Rae_vallavalitsus, lk 76
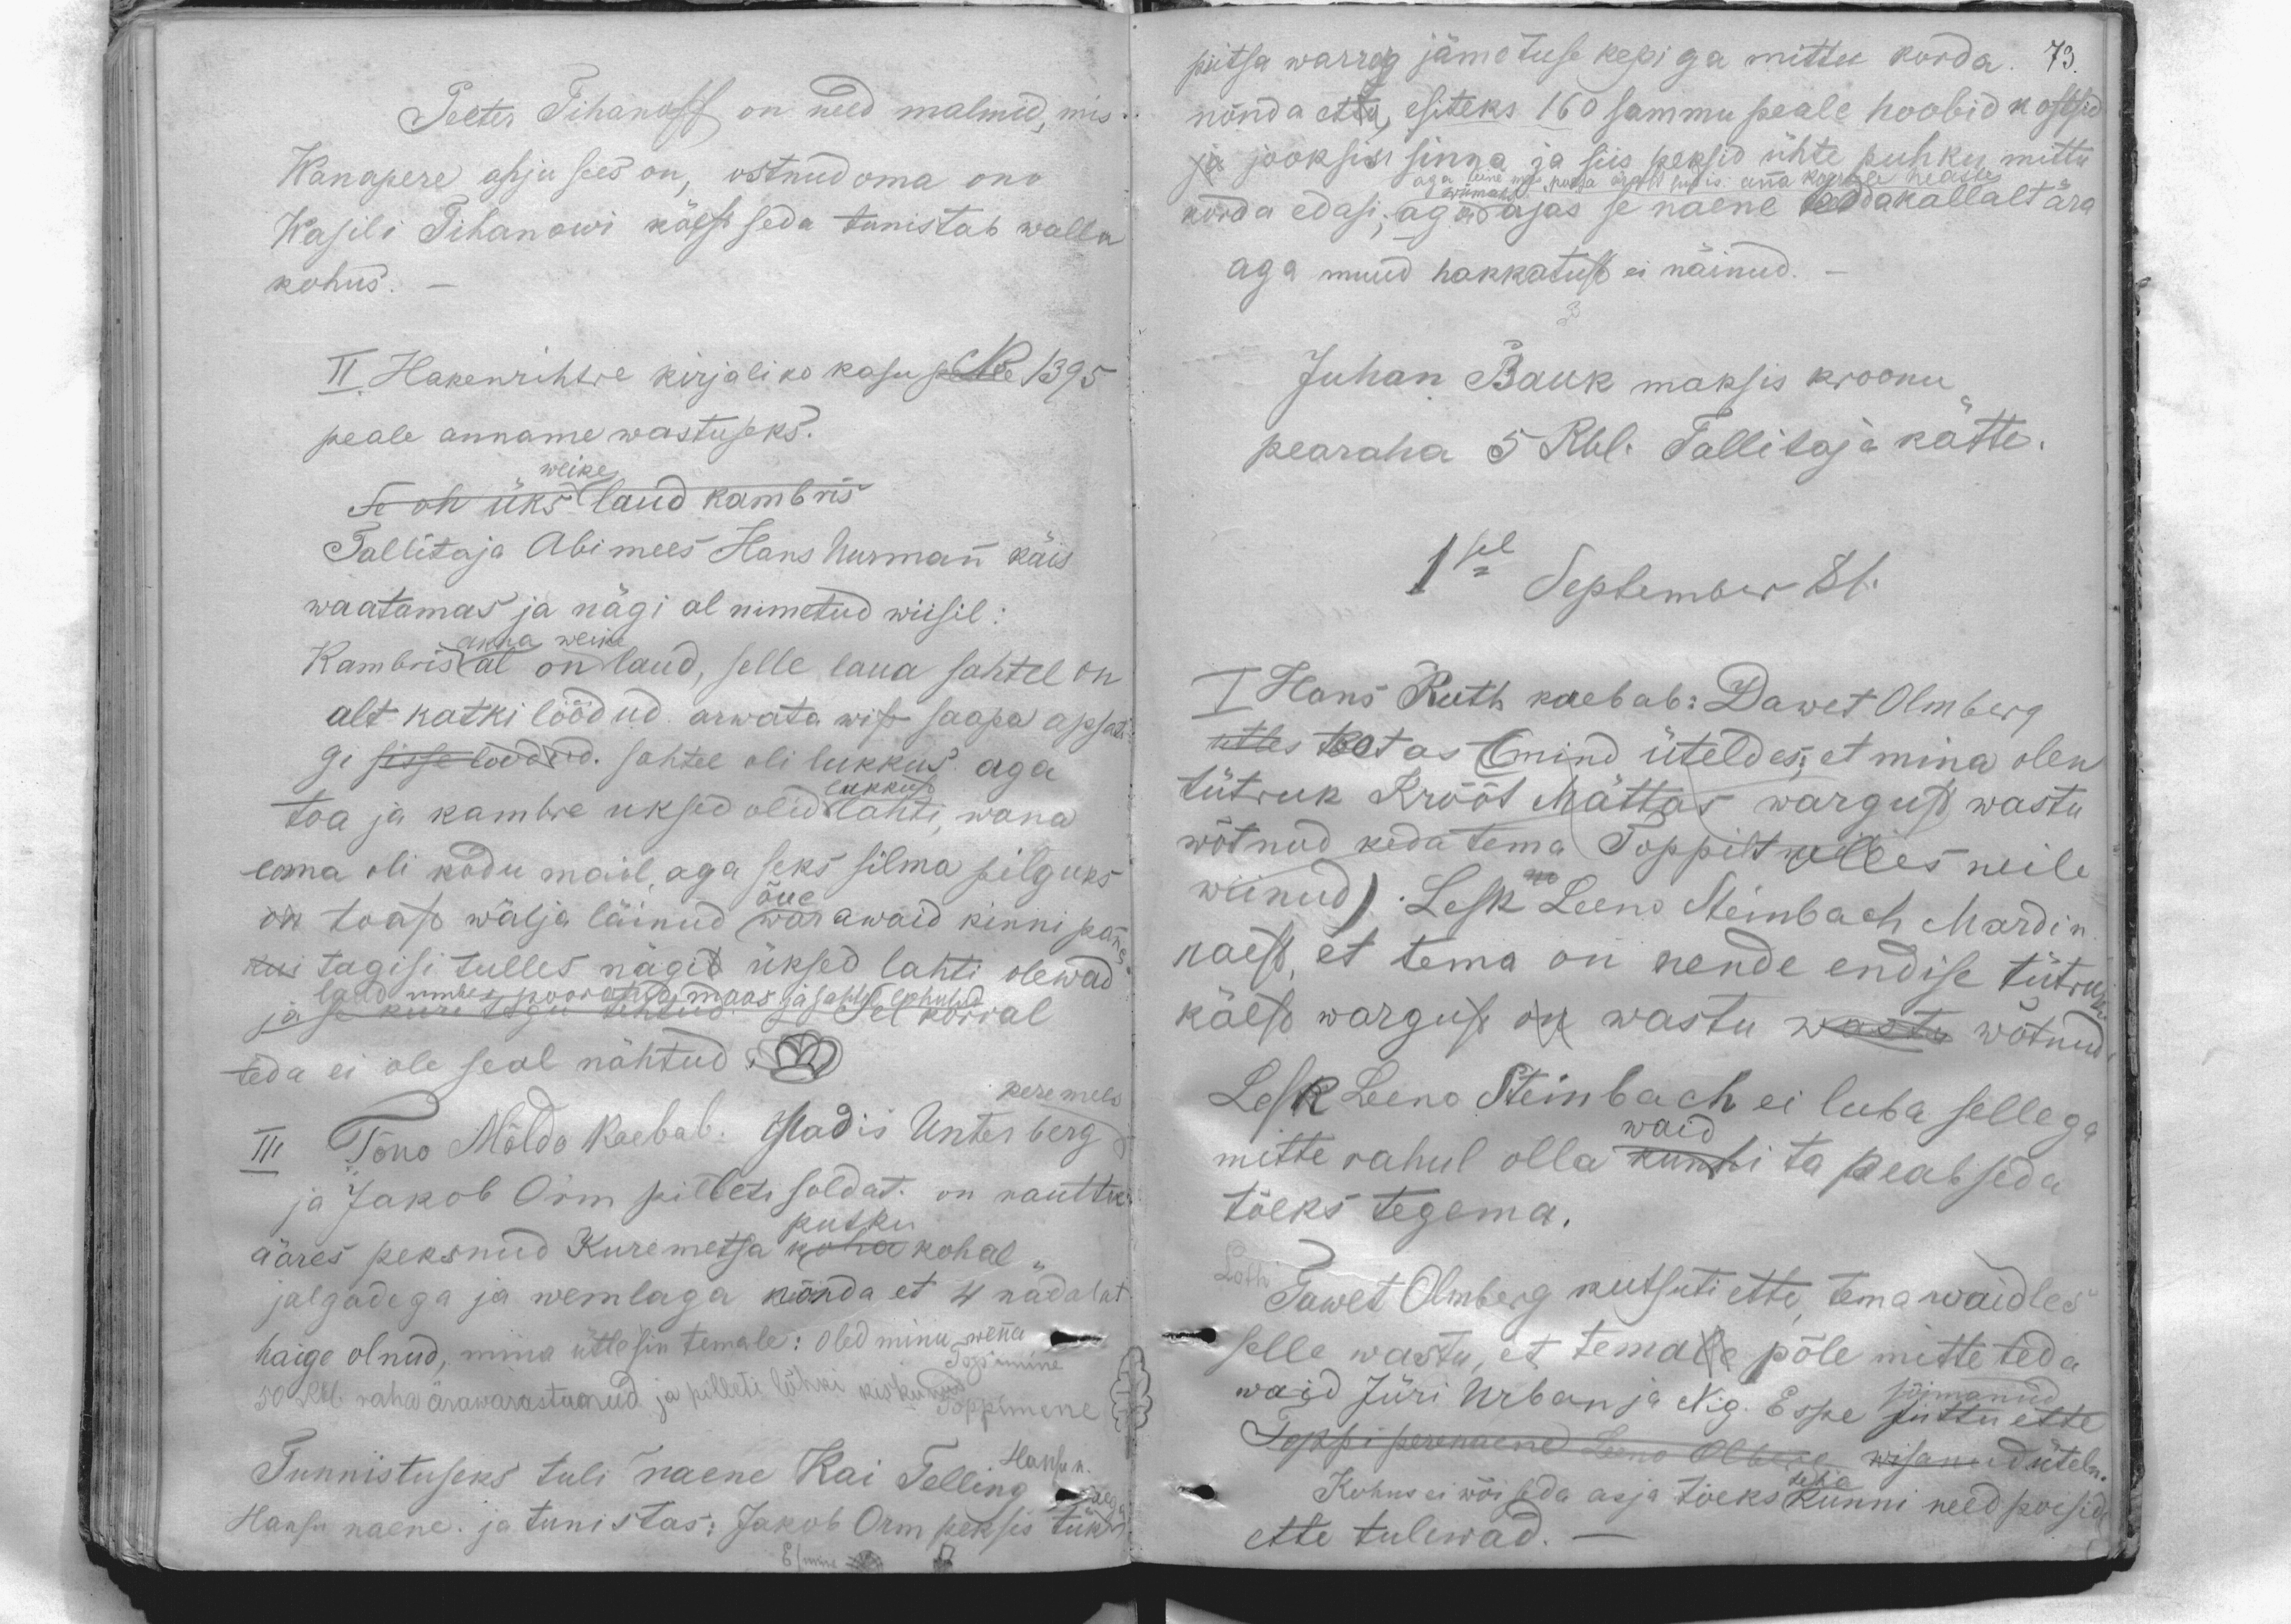
Peeter Tihanoff on need malmid, mis
Wanapere ahju sees on, ostnud oma onu
Wasili Tihanowi käest seda tunistab walla
kohus.
II. Hakenrihtre kirjaliko kasu p. No 1395
peale anname wastuseks.
Se on üks laud kambris
weike
Tallitaja Abi mees Hans Uusmann käis
waatamas ja nägi al nimetud wiisil:
Kambris al on laud, selle laua sahtel on
akna weike
alt katki löödud arwata wist saapa apsati-
gi sisse loodud. sahtel oli lukkus aga
lukkusd
toa ja kambre uksed olid lahti, wana
ema oli kodu mail, aga seks silma pilguks
õue
on toast wälja läinud wärawaid kinni panna
kui tagisi tulles nägid üksed lahti olewad
laud umber pooratud maas ja sahtel lohutud
ja se kuri tegu tehtud. Sel korral
teda ei ole seal nähtud
peremees
III Tõno Mõldo kaebab: Madis Unterberg
ja Jakob Orm pilleti soldat. on rauttee
aäres peksnud Kuremetsa koha kohal
putku
jalgadega ja wemlaga nõnda et 4 nädalat
haige olnud, mina ütlesin temale: Oled minu wenna
Topmine
50 Rbl. raha ärawarastaanud ja pilleti lõhki kiskunud Toppimene
Tunnistuseks tuli naene Kai Tellinog Hansu n.
aega
Hansu naene. ja tunistas: Jakob Orm peksis tük

73
piitsa warreg jämetuse kepiga mittu korda.
nõnda ette, esiteks 160 sammu peale hoobid kostsid
ja jooksin sinna ja siis peksid ühte puhku mittu
aga teine mees, poega ärast sudis: anna koerale heaste
korda edasi; aga ajas se naene tedda kallalt ära
wiimaks
aga muud hakkatust ei näinud.
Juhan Bauk maksis kroonu
pearaha 5 Rbl. Tallitaja kätte.
1sel September 81.
I Hans Ruth kaebab: Dawet Olmberg
utles teatas (mind üteldes, et mina olen
tütruk Krõõt Mättas wargust wastu
wõtnud keda tema Toppilt olles neile
wiinud). Lesk Leeno Steinbach Mardi n
kaest, et tema on nende endise tütruku
käest warguse on wastu wastu wõtnud
Lesk Leeno Steinbach ei luba sellega
waid
mitte rahul olla kumbi ta peab seda
tõeks tegema.
Dawet Olmberg kutsuti ette, tema waidles
selle wastu, et temale põle mitte teda
sõimanud
waid Jüri Urban ja Nig. Espe juttu ette
Toppii perenaene Leeno Olberg wisanud üteln
Kohus ei wõi seda asja tõeks teha kunni need poisid
ette tulewad.-